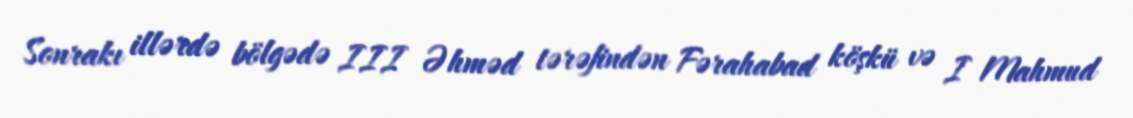
Sonrakı illərdə bölgədə III Əhməd tərəfindən Fərahabad köşkü və I Mahmud